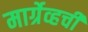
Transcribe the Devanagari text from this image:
मार्ग्रेव्हची